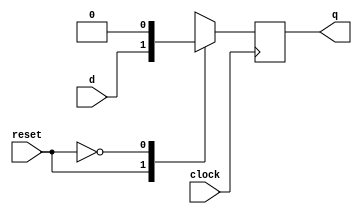
module dffmux(
  input d,clock,reset,
  output reg q);
  always@(*)
    begin
      case(reset)
        1:op=d;
        0:op=1'b0;
      endcase
    end
  always@(posedge clock)
    begin
      q=op;
    end
endmodule